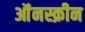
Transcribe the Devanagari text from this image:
ऑंनस्क्रीन